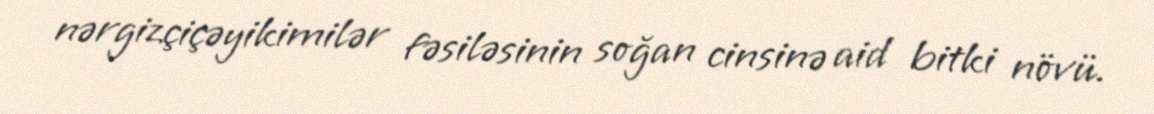
nərgizçiçəyikimilər fəsiləsinin soğan cinsinə aid bitki növü.